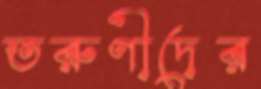
তরুণীদের